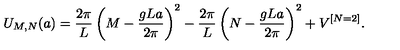
U _ { M , N } ( a ) = { \frac { 2 \pi } { L } } \left( M - { \frac { g L a } { 2 \pi } } \right) ^ { 2 } - { \frac { 2 \pi } { L } } \left( N - { \frac { g L a } { 2 \pi } } \right) ^ { 2 } + V ^ { [ N = 2 ] } .